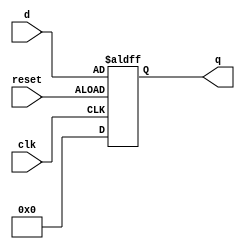
module DFF_16Bit(clk, d, q, reset);
input [16:1] d;
input clk, reset;
output reg [16:1] q;

initial begin
	q <= 16'b0000000000000000;
end

always@(posedge clk or negedge reset)
	if(reset)
 		q <= 16'b0000000000000000;
	else
		q <= d;

endmodule